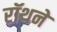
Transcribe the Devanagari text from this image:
रॉथने